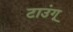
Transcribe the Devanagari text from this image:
टाउंगू